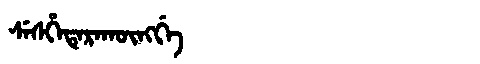
Manchu: ᠰᡝᠰᡥᡝᡨᡝᡵᠠᡴᡡᠩᡤᡝ
Romanization: SESHETERAKŪNGGE